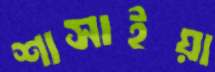
শাসাইয়া